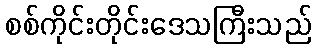
စစ်ကိုင်းတိုင်းဒေသကြီးသည်